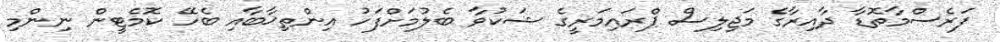
ފަރެސްމާތޮޑާ ދާއިރާގެ މަޖިލިސް ޕްރައިމަރީގެ ޝަކުވާ ބެލުމަށްފަހު އިންތިޚާބާއި ބެހޭ ކޮމެޓީން ނިންމި